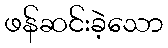
ဖန်ဆင်းခဲ့သော